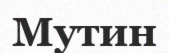
Мутин